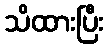
သိထားပြီး